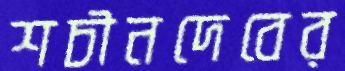
শচীনদেবের